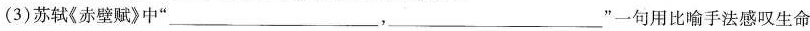
(3)苏轼《赤壁赋》中”___，___”一句用比喻手法感叹生命